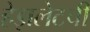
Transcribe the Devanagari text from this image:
हेझलेटची